Serum-therapy of plague in India - Number 20
Disease focus: Plague
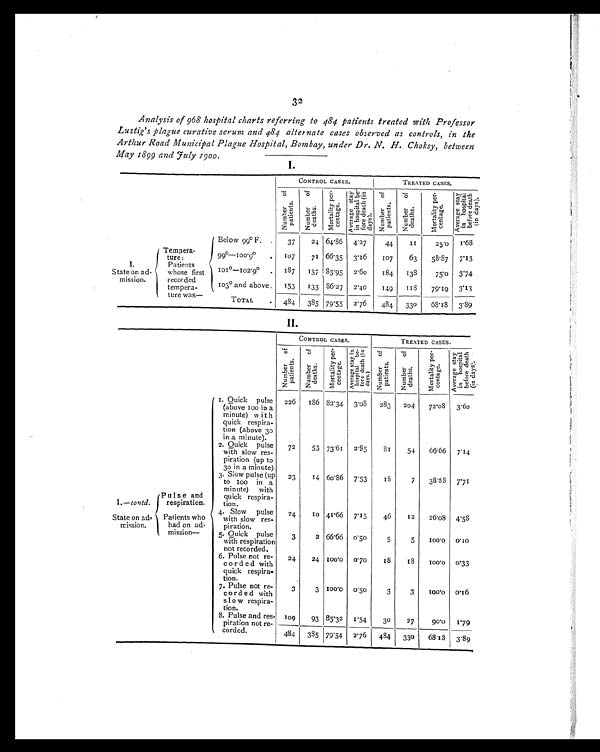
32
Analysis of 968 hospital charts referring to 484 patients treated with Professor
Lustig's plague curative serum and 484 alternate cases observed as controls, in the
Arthur Road Municipal Plague Hospital, Bombay, under Dr. N. H. Choksy, between
May 1899 and July 1900.
I.
CONTROL CASES.
TREATED CASES.
N u m b e r o f p a t i e n t s .
Number of deat hs.Mort al i t y per-cent age.
Av e r a g e s t a y i n h o s p i t a l b e - f o r e d e a t h ( i n d a y s ) .
Number of pat i ent s.
Number of deat hs.
Mortality per-
centage.
A v e r a g e s t a y i n h o s p i t a l b e f o r e d e a t h ( i n d a y s ) .
I.
State on ad-mission.
T e m p e r a - t u r e :
P a t i e n t s w h o s e f i r s t r e c o r d e d t e m p e r a - t u r e w a s —
Bolow 99°F.
3 7
2 4
6 4 . 8 6
4 . 2 7
4 4
1 1
2 5 . 0
1 . 6 8
99°—100.9°1 0 7
7 1
6 6 . 3 5
3 . 1 6
1 0 7
6 3
5 8 . 8 7
7 . 1 3
101°—102.9°1 8 7
1 5 7
8 3 . 9 5
2 . 6 0
1 8 4
1 3 8
7 5 . 0
3 . 7 4
103° and above.
1 5 3
1 3 3
8 6 . 2 7
2 . 4 0
1 4 9
1 1 8
7 9 . 1 9
3 . 1 3
TOTAL
4 8 4
3 8 5
7 9 . 5 5
2 . 7 6
4 8 4
3 3 0
6 8 . 1 8
3 . 8 9
II.
CONTROL CASES.
TREATED CASES.
Number of pat i ent s.Number of deat hs.Mor t al i t y per - cent age.
A v e r a g e s t a y i n h o s p i t a l b e - f o r e d e a t h ( i n d a y s ) Number of pat i ent s. Number of deat hs.
Mortal i ty per-centage.
A v e r a g e s t a y i n h o s p i t a l b e f o r e d e a t h ( i n d a y s ) .
Pulse and respiration.
1 . Q u i c k p u l s e ( a b o v e 1 0 0 i n a m i n u t e ) w i t h q u i c k r e s p i r a - t i o n ( a b o v e 3 0 i n a m i n u t e ) .
2 2 6
1 8 6
8 2 . 3 4
3 . 0 8
2 8 3
2 0 4
7 2 . 0 8
3 . 6 0
2 . Qu i c k p u l s e wi t h s l o w r e s - p i r a t i o n ( u p t o 3 0 i n a mi n u t e ) .
7 2
5 3
7 3 . 6 1
2 . 8 5
8 1
5 4
6 6 . 6 6
7 . 1 4
I.—contd.
State on ad-mission.
3 . S l o w p u l s e ( u p t o 1 0 0 i n a mi n u t e ) wi t h q u i c k r e s p i r a - t i o n .
2 3
1 4
6 0 . 8 6
7 . 5 3
1 8
7
3 8 . 8 8
7 . 7 1
Pati ents who had on ad-mi ssi on—
4. Sl ow pul se wi t h sl ow res-pi rat i on.
2 4
1 0
4 1 . 6 6
7 . 1 5
4 6
1 2
2 6 . 0 8
4 . 5 8
5. Qui ck pul se wi t h respi rat i on
not recorded.
3
2
6 6 . 6 6
0 . 5 0
5
5
1 0 0 . 0
0 . 1 0
6. Pul se not re-corded wi t h
quick respira
-tion.
2 4
2 4
1 0 0 . 0
0 . 7 0
1 8
1 8
1 0 0 . 0
0 . 3 3
7. Pul se not re-corded wi t h
slow respira-
tion.
3
3
1 0 0 . 0
0 . 5 0
3
3
1 0 0 . 0
0 . 1 6
8. Pul se and r es- pi r at i on not r e- cor ded.
1 0 9
9 3
8 5 . 3 2
1 . 5 4
3 0
2 7
9 0 . 0
1 . 7 9
4 8 4
3 8 5
7 9 . 5 4
2 . 7 6
4 8 4
3 3 0
6 8 . 1 8
3 . 8 9